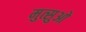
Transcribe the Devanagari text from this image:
मुत्सुओ